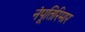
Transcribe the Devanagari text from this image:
नंपूतिरिमार